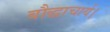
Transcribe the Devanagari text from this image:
बौद्धाचार्य।